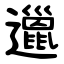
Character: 邋